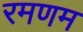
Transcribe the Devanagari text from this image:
रमणम